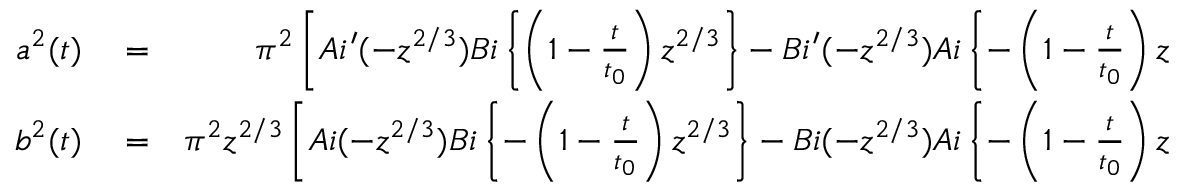
\begin{array} { r l r } { a ^ { 2 } ( t ) } & { { } = } & { \pi ^ { 2 } \left[ A i ^ { \prime } ( - z ^ { 2 / 3 } ) B i \left\{ \left( 1 - \frac { t } { t _ { 0 } } \right) z ^ { 2 / 3 } \right\} - B i ^ { \prime } ( - z ^ { 2 / 3 } ) A i \left\{ - \left( 1 - \frac { t } { t _ { 0 } } \right) z ^ { 2 / 3 } \right\} \right] ^ { 2 } } \\ { b ^ { 2 } ( t ) } & { { } = } & { \pi ^ { 2 } z ^ { 2 / 3 } \left[ A i ( - z ^ { 2 / 3 } ) B i \left\{ - \left( 1 - \frac { t } { t _ { 0 } } \right) z ^ { 2 / 3 } \right\} - B i ( - z ^ { 2 / 3 } ) A i \left\{ - \left( 1 - \frac { t } { t _ { 0 } } \right) z ^ { 2 / 3 } \right\} \right] ^ { 2 } } \end{array}